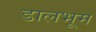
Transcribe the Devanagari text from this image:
डालभूम